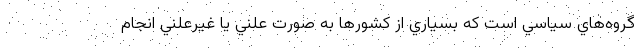
گروه‌هاي سياسي است كه بسياري از كشورها به صورت علني يا غيرعلني انجام